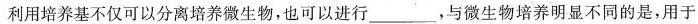
利用培养基不仅可以分离培养微生物，也可以进行___，与微生物培养明显不同的是，用于